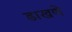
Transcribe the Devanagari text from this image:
डाखणे